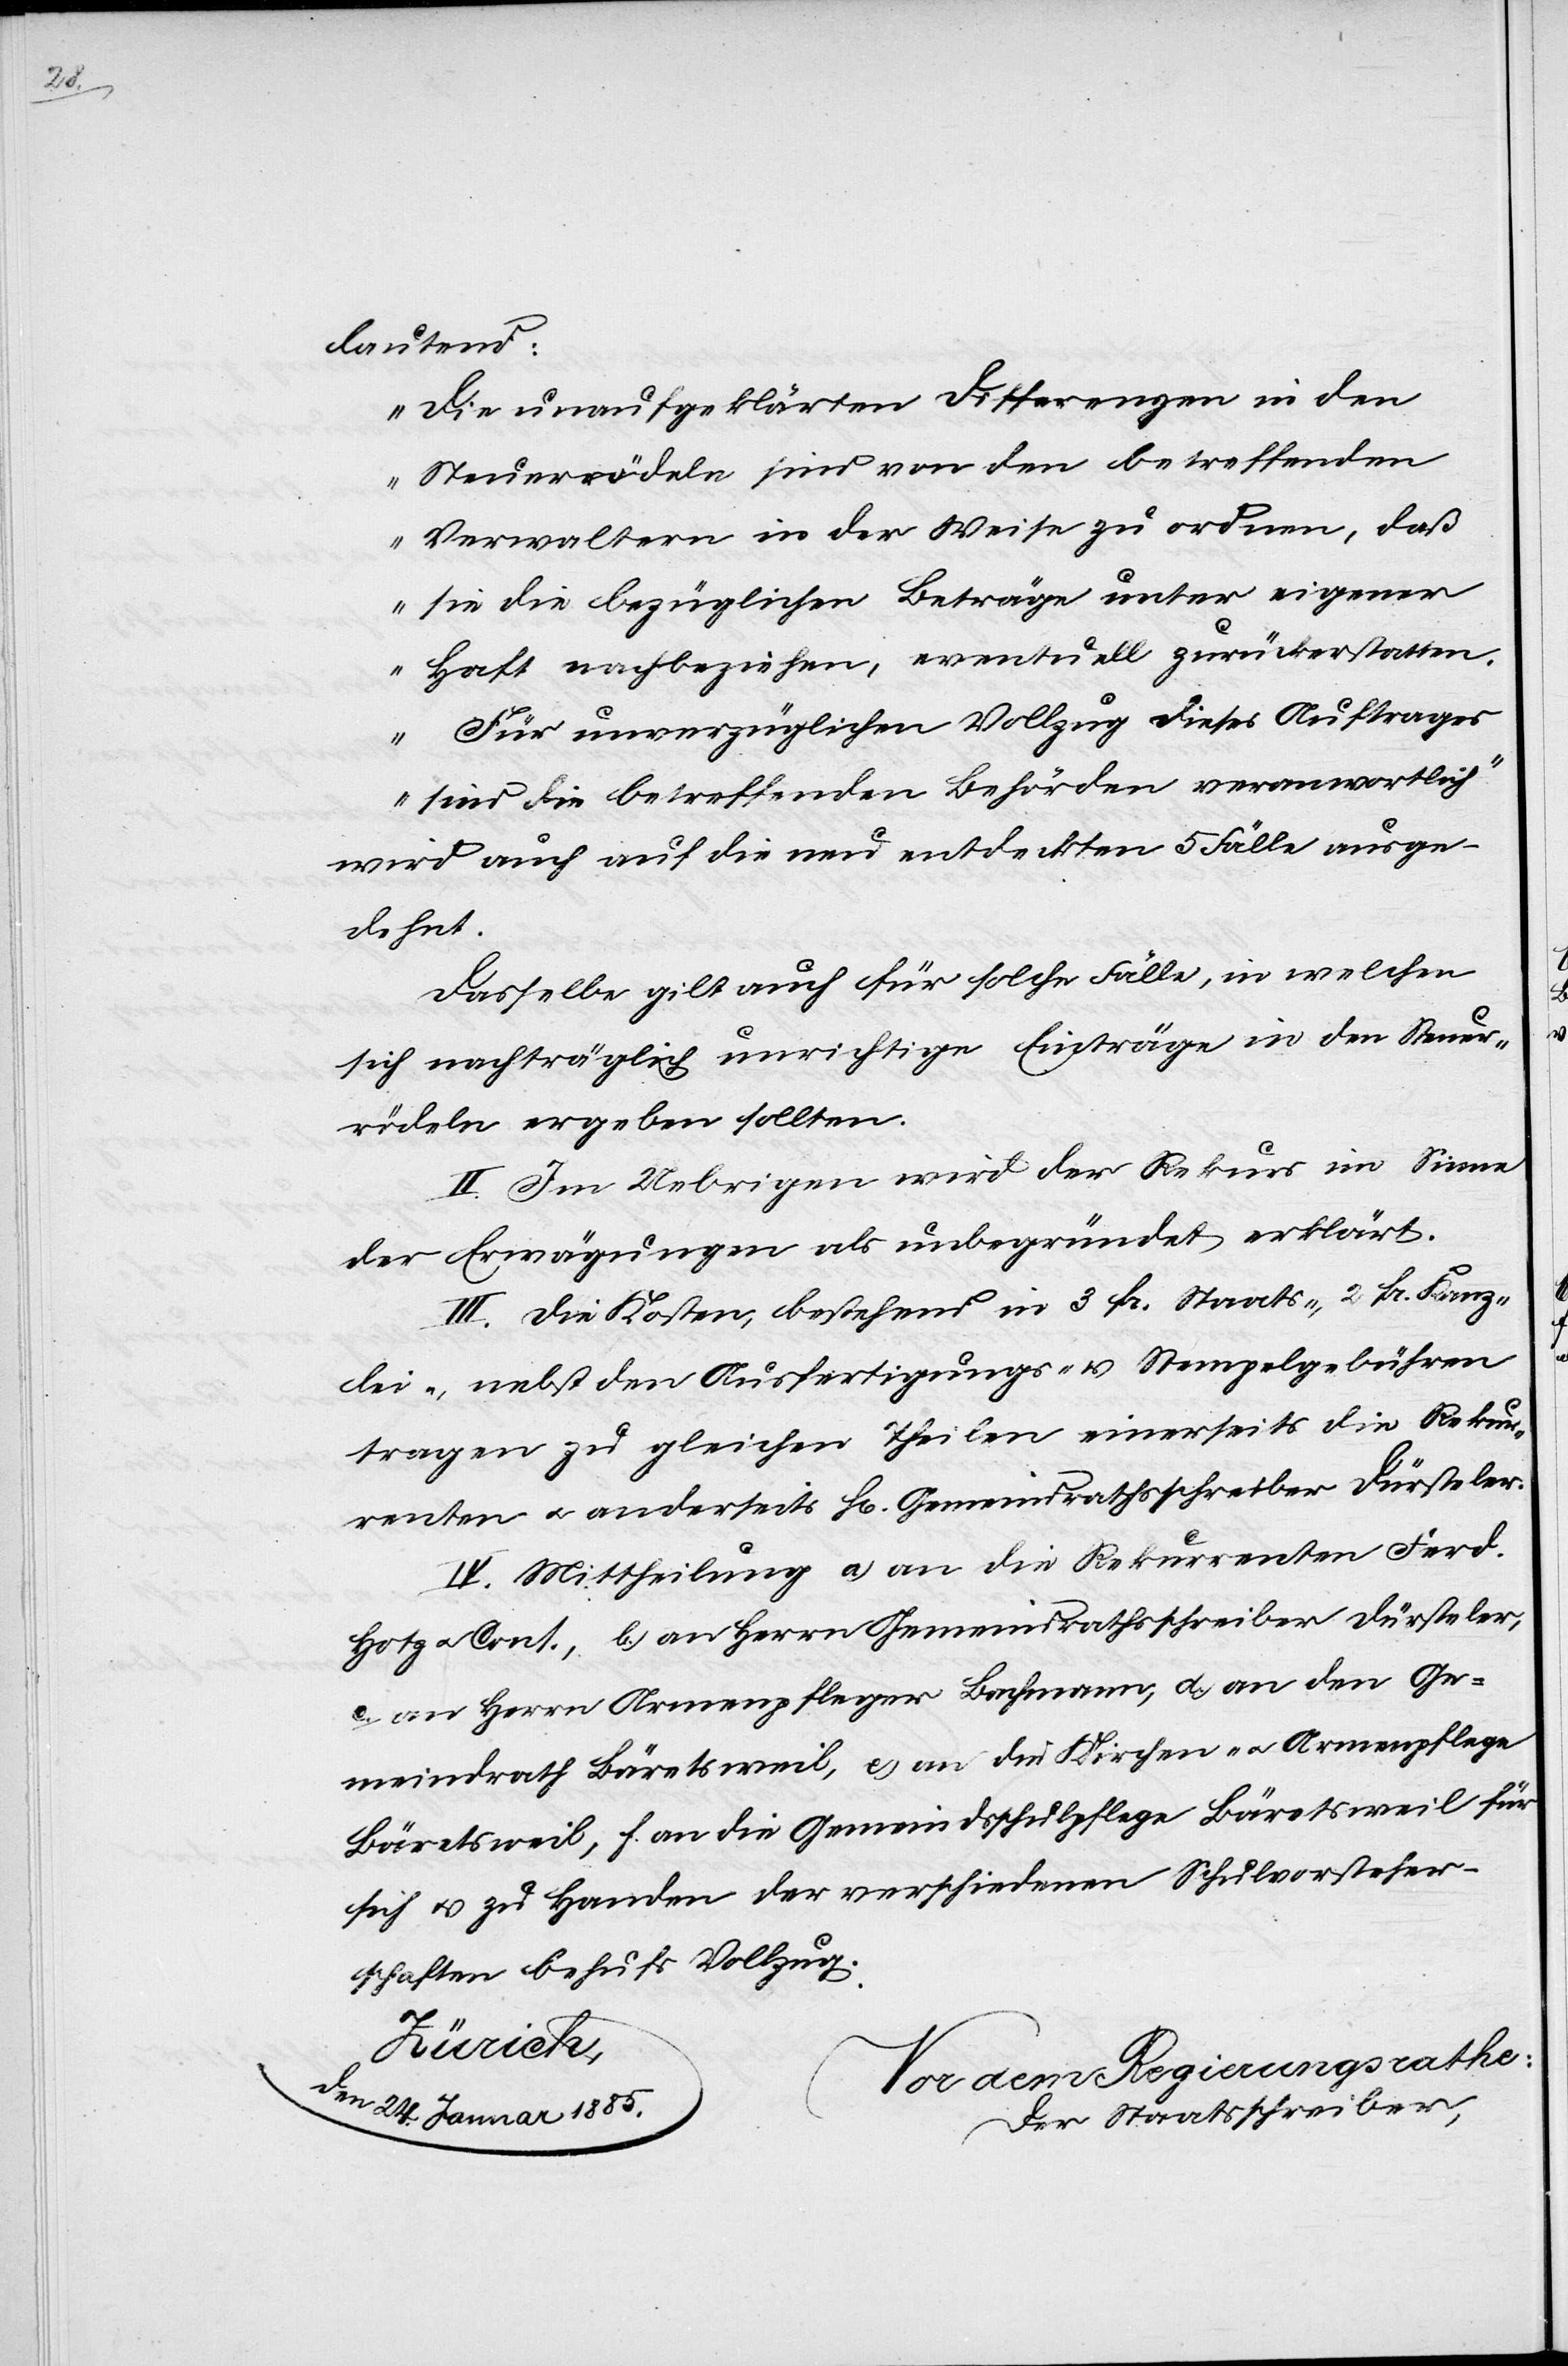
31.

ist, hat
lei- nebst den Ausfertigungs- & Stempelgebühren.
III. Mittheilung an den Rekurrenten & an das
Zürich,
Der Regierungsrath,